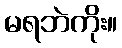
မရဘဲကိုး။